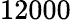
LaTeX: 12000